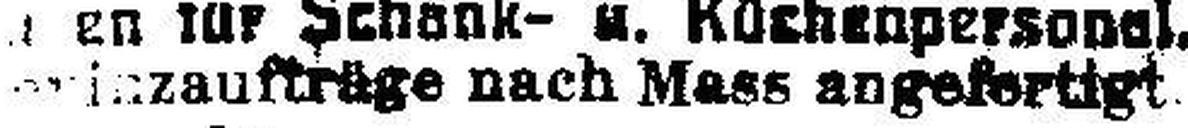
###inzaufträge nach Mass angefertigt.